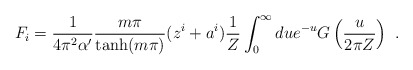
\begin{align*}F_i = \frac{1}{4\pi^2\alpha'}\frac{m\pi}{\tanh(m\pi)} (z^i+a^i) \frac{1}{Z } \int_0^{\infty} du e^{-u} G\left(\frac{u}{2\pi Z}\right)\ .\end{align*}